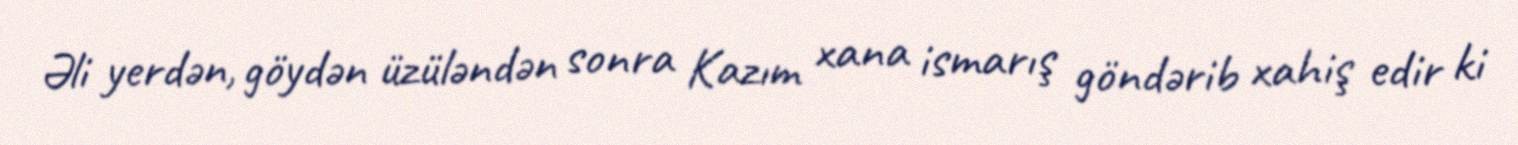
Əli yerdən, göydən üzüləndən sonra Kazım xana ismarış göndərib xahiş edir ki